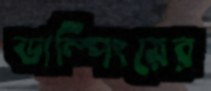
ডাম্পিংয়ের